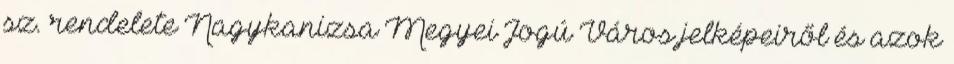
sz. rendelete Nagykanizsa Megyei Jogú Város jelképeiről és azok